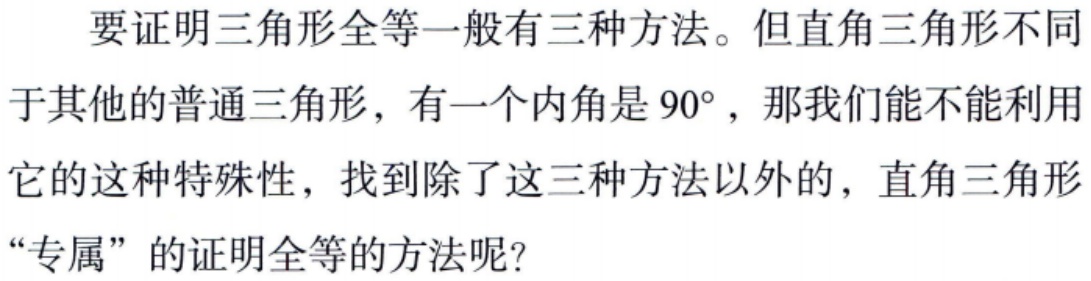
要证明三角形全等一般有三种方法。但直角三角形不同于其他的普通三角形，有一个内角是 \(90^{\circ}\)，那我们能不能利用它的这种特殊性，找到除了这三种方法以外的，直角三角形“专属”的证明全等的方法呢？